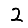
Digit: 2